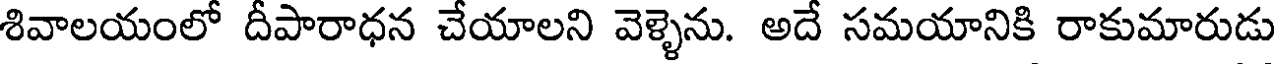
శివాలయంలో దీపారాధన చేయాలని వెళ్ళెను. అదే సమయానికి రాకుమారుడు